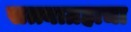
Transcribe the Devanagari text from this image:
सत्त्याग्रहाचा